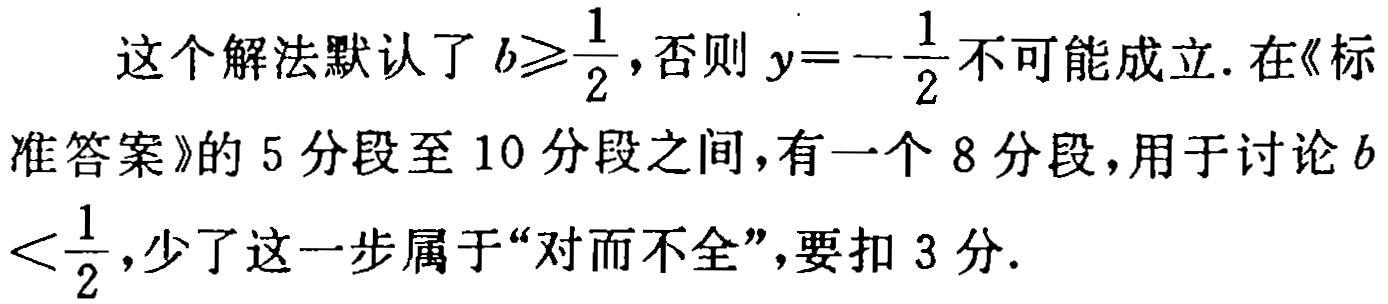
这个解法默认了 \(b\geqslant\frac{1}{2}\),否则 \(y = -\frac{1}{2}\)不可能成立. 在《标准答案》的 5 分段至 10 分段之间,有一个 8 分段,用于讨论 \(b<\frac{1}{2}\),少了这一步属于“对而不全”,要扣 3 分.